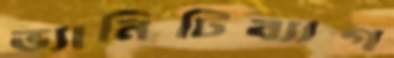
ভ্যানিটিব্যাগ